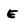
Character: E